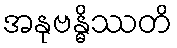
အနုဗန္ဓိဿတိ